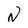
Character: N